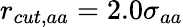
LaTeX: r_{cut,aa}=2.0\sigma_{aa}